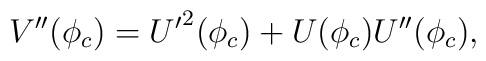
V^{\prime\prime}(\phi_c) ={U^\prime}^2 (\phi_c) + U(\phi_c)U^{\prime \prime}(\phi_c),